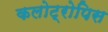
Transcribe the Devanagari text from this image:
कलोट्रोपिस